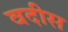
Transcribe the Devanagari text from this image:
वदीस